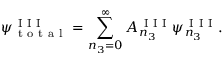
\psi _ { \mathrm { ~ t ~ o ~ t ~ a ~ l ~ } } ^ { \mathrm { ~ I ~ I ~ I ~ } } = \sum _ { n _ { 3 } = 0 } ^ { \infty } A _ { n _ { 3 } } ^ { \mathrm { ~ I ~ I ~ I ~ } } \psi _ { n _ { 3 } } ^ { \mathrm { ~ I ~ I ~ I ~ } } .